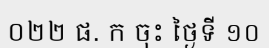
០២២ ផ. ក ចុះ ថ្ងៃទី ១០